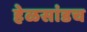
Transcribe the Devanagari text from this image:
हेळसांडच